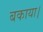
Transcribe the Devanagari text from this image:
बकाया।